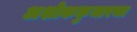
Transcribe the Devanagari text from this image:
अशोककुमारचा